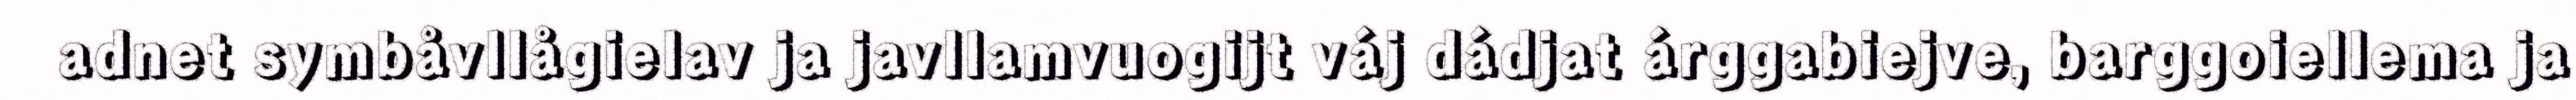
adnet symbåvllågielav ja javllamvuogijt váj dádjat árggabiejve, barggoiellema ja